Report of the veterinary officer investigating camel disease
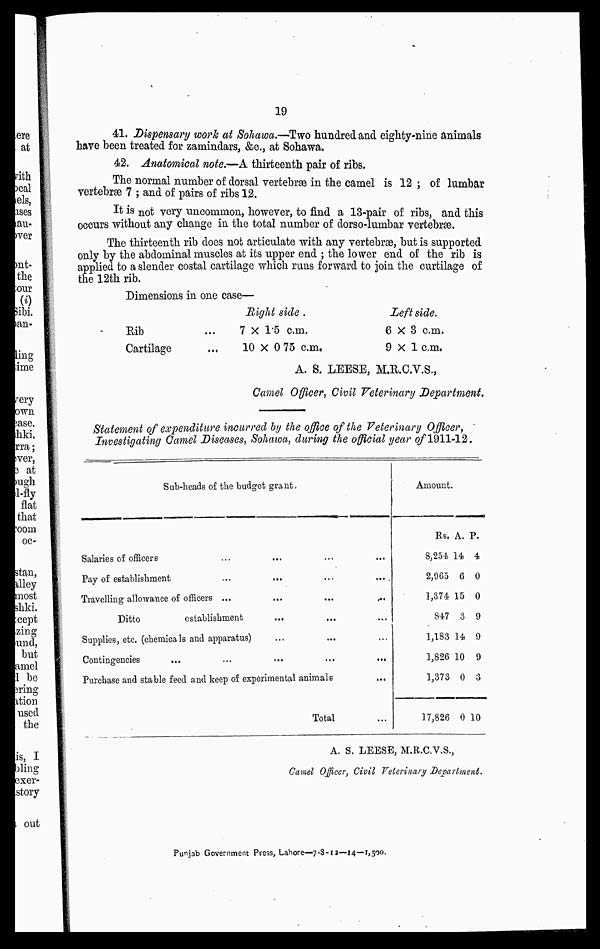
19
41. Dispensary work at Sohawa.—Two hundred and eighty-nine animals
hare been treated for zamindars, &c, at Sohawa.
42. Anatomical note.—A thirteenth pair of ribs.
The normal number of dorsal vertebræ in the camel is 12 : of lumbar
vertebræ 7 ; and of pairs of ribs 12.
It is not very uncommon, however, to find a 13-pair of ribs, and this
occurs without any change in the total number of dorso-lumbar vertebræ.
The thirteenth rib does not articulate with any vertebrae, but is supported
only by the abdominal muscles at its upper end ; the lower end of the rib is
applied to a slender costal cartilage which runs forward to join the curtilage of
the 12th rib.
Dimensions in one case—
Rib
Cartilage
Right side .
7 × 1.5 cm.
10 × 0.75 cm.
Left side.
6×3 cm.
9×1 cm.
A. S. LEESE, M.R.C.V.S.,
Camel Officer, Civil Veterinary Department.
Statement of expenditure incurred by the office of the Veterinary Officer,
Investigating Camel Diseases, Sohawa, during the official year of 1911-12.
Sub-heads of the budget grant.
Salaries of officer
s...
Pay of establishment
...
......
Travelling allowance of officers
......
Ditto
establishment...
Supplies, etc. (chemicals and apparatus)...
Contingencies...
Purchase and stable feed and keep of experimental animals
Total
Amount.
Rs.
8,254
2,965
1,374
847
1,183
1,826
1,373
17,826
A.
14
6
15
3
14
10
0
0 1
P.
4
0
0
9
9
9
3
0
A. S. LEESE, M.R.C.V.S.,
Camel Officer, Civil Veterinary Department.
Punjab Government Press, Lahore—7-8-12—14—1,500.